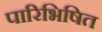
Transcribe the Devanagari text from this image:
पारिभिषित